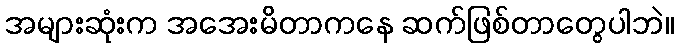
အများဆုံးက အအေးမိတာကနေ ဆက်ဖြစ်တာတွေပါဘဲ။